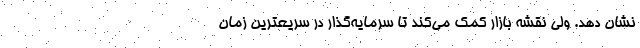
نشان دهد. ولی نقشه بازار کمک می‌کند تا سرمایه‌گذار در سریعترین زمان